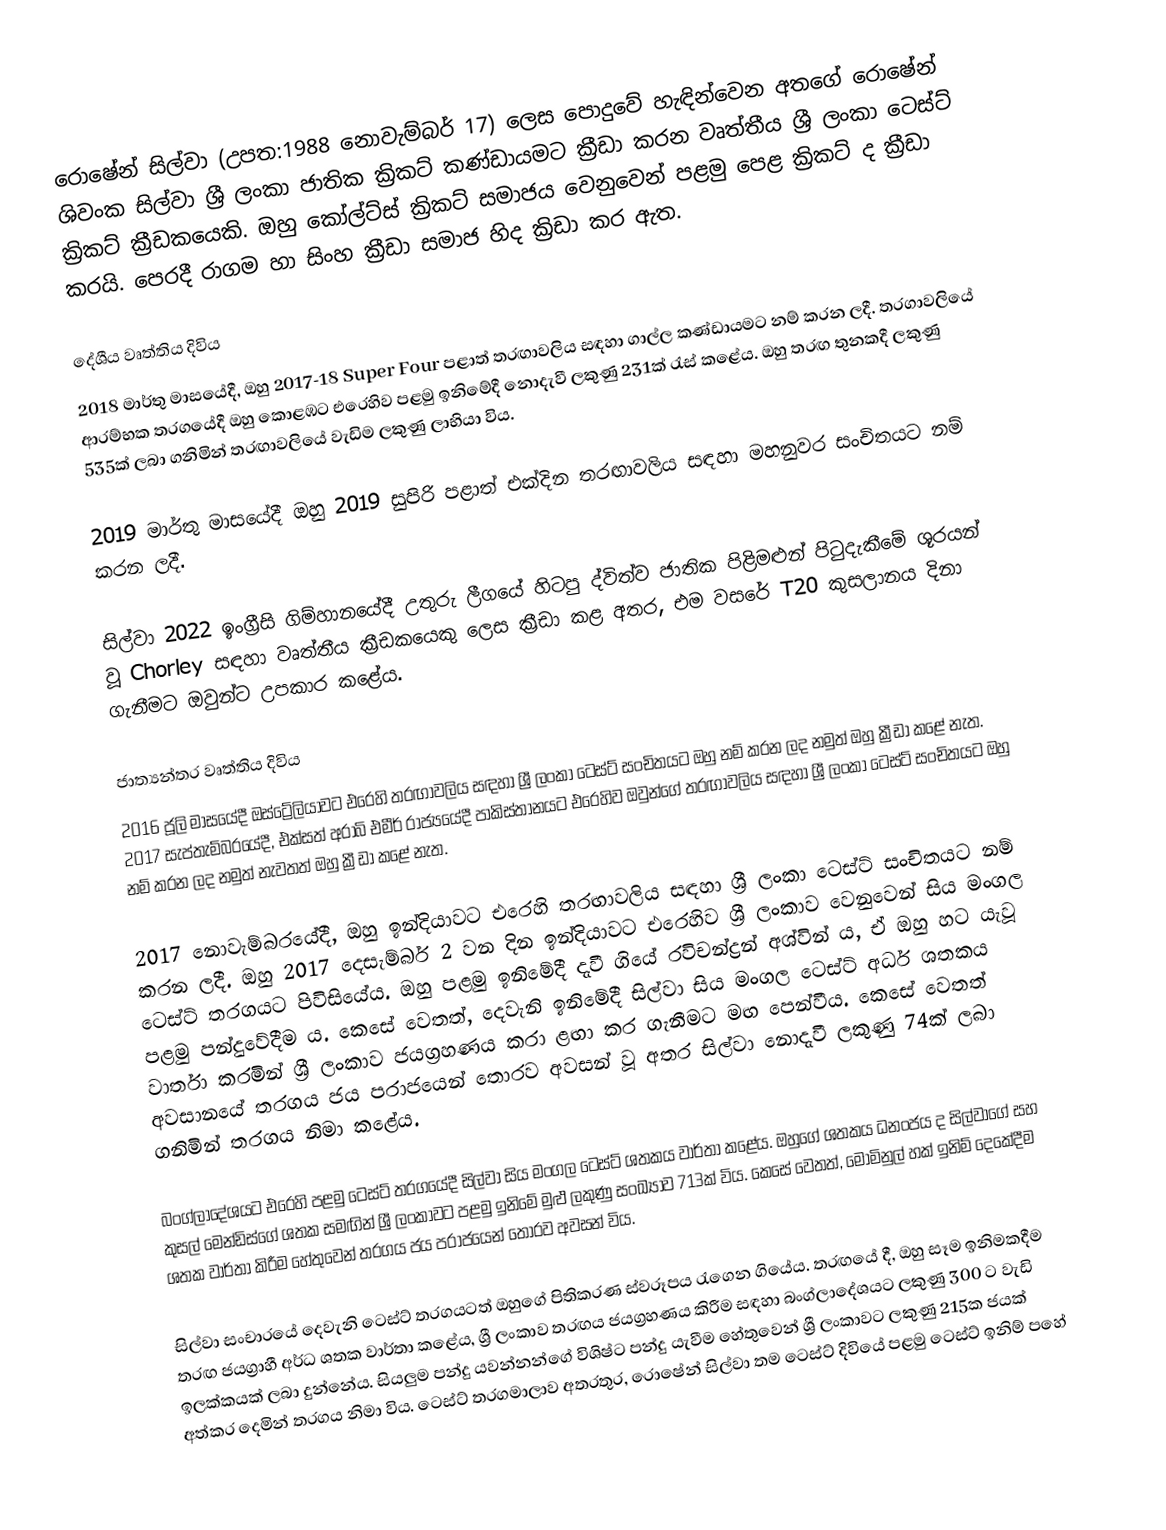
රොෂේන් සිල්වා (උපත:1988 නොවැම්බර් 17) ලෙස පොදුවේ හැඳින්වෙන අතගේ රොෂේන් ශිවංක සිල්වා ශ්‍රී ලංකා ජාතික ක්‍රිකට් කණ්ඩායමට ක්‍රීඩා කරන වෘත්තීය ශ්‍රී ලංකා ටෙස්ට් ක්‍රිකට් ක්‍රීඩකයෙකි. ඔහු කෝල්ට්ස් ක්‍රිකට් සමාජය වෙනුවෙන් පළමු පෙළ ක්‍රිකට් ද ක්‍රීඩා කරයි. පෙරදී රාගම හා සිංහ ක්‍රීඩා සමාජ හිද ක්‍රිඩා කර ඇත.

දේශීය වෘත්තිය දිවිය
2018 මාර්තු මාසයේදී, ඔහු 2017-18 Super Four පළාත් තරඟාවලිය සඳහා ගාල්ල කණ්ඩායමට නම් කරන ලදී. තරගාවලියේ ආරම්භක තරගයේදී ඔහු කොළඹට එරෙහිව පළමු ඉනිමේදී නොදැවී ලකුණු 231ක් රැස් කළේය. ඔහු තරඟ තුනකදී ලකුණු 535ක් ලබා ගනිමින් තරඟාවලියේ වැඩිම ලකුණු ලාභියා විය.

2019 මාර්තු මාසයේදී ඔහු 2019 සුපිරි පළාත් එක්දින තරඟාවලිය සඳහා මහනුවර සංචිතයට නම් කරන ලදී.

සිල්වා 2022 ඉංග්‍රීසි ගිම්හානයේදී උතුරු ලීගයේ හිටපු ද්විත්ව ජාතික පිළිමළුන් පිටුදැකීමේ ශූරයන් වූ Chorley සඳහා වෘත්තීය ක්‍රීඩකයෙකු ලෙස ක්‍රීඩා කළ අතර, එම වසරේ T20 කුසලානය දිනා ගැනීමට ඔවුන්ට උපකාර කළේය.

ජාත්‍යන්තර වෘත්තිය දිවිය
2016 ජූලි මාසයේදී ඔස්ට්‍රේලියාවට එරෙහි තරඟාවලිය සඳහා ශ්‍රී ලංකා ටෙස්ට් සංචිතයට ඔහු නම් කරන ලද නමුත් ඔහු ක්‍රීඩා කළේ නැත. 2017 සැප්තැම්බරයේදී, එක්සත් අරාබි එමීර් රාජ්‍යයේදී පාකිස්තානයට එරෙහිව ඔවුන්ගේ තරඟාවලිය සඳහා ශ්‍රී ලංකා ටෙස්ට් සංචිතයට ඔහු නම් කරන ලද නමුත් නැවතත් ඔහු ක්‍රීඩා කළේ නැත.

2017 නොවැම්බරයේදී, ඔහු ඉන්දියාවට එරෙහි තරඟාවලිය සඳහා ශ්‍රී ලංකා ටෙස්ට් සංචිතයට නම් කරන ලදී.  ඔහු 2017 දෙසැම්බර් 2 වන දින ඉන්දියාවට එරෙහිව ශ්‍රී ලංකාව වෙනුවෙන් සිය මංගල ටෙස්ට් තරගයට පිවිසියේය. ඔහු පළමු ඉනිමේදී දැවී ගියේ රවිචන්ද්‍රන් අශ්වින් ය, ඒ ඔහු හට යැවූ පළමු පන්දුවේදීම ය. කෙසේ වෙතත්, දෙවැනි ඉනිමේදී සිල්වා සිය මංගල ටෙස්ට් අර්ධ ශතකය වාර්තා කරමින් ශ්‍රී ලංකාව ජයග්‍රහණය කරා ළඟා කර ගැනීමට මඟ පෙන්වීය. කෙසේ වෙතත් අවසානයේ තරගය ජය පරාජයෙන් තොරව අවසන් වූ අතර සිල්වා නොදැවී ලකුණු 74ක් ලබා ගනිමින් තරගය නිමා කළේය.

බංග්ලාදේශයට එරෙහි පළමු ටෙස්ට් තරගයේදී සිල්වා සිය මංගල ටෙස්ට් ශතකය වාර්තා කළේය.  ඔහුගේ ශතකය ධනංජය ද සිල්වාගේ සහ කුසල් මෙන්ඩිස්ගේ ශතක සමඟින් ශ්‍රී ලංකාවට පළමු ඉනිමේ මුළු ලකුණු සංඛ්‍යාව 713ක් විය. කෙසේ වෙතත්, මොමිනුල් හක් ඉනිම් දෙකේදීම ශතක වාර්තා කිරීම හේතුවෙන් තරගය ජය පරාජයෙන් තොරව අවසන් විය.

සිල්වා සංචාරයේ දෙවැනි ටෙස්ට් තරගයටත් ඔහුගේ පිතිකරණ ස්වරූපය රැගෙන ගියේය. තරඟයේ දී, ඔහු සෑම ඉනිමකදීම තරඟ ජයග්‍රාහී අර්ධ ශතක වාර්තා කළේය,  ශ්‍රී ලංකාව තරඟය ජයග්‍රහණය කිරීම සඳහා බංග්ලාදේශයට ලකුණු 300 ට වැඩි ඉලක්කයක් ලබා දුන්නේය.  සියලුම පන්දු යවන්නන්ගේ විශිෂ්ට පන්දු යැවීම හේතුවෙන් ශ්‍රී ලංකාවට ලකුණු 215ක ජයක් අත්කර දෙමින් තරගය නිමා විය. ටෙස්ට් තරගමාලාව අතරතුර, රොෂේන් සිල්වා තම ටෙස්ට් දිවියේ පළමු ටෙස්ට් ඉනිම් පහේ